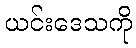
ယင်းဒေသကို